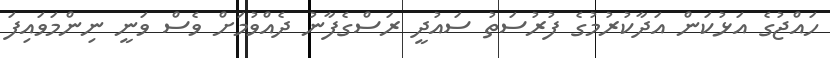
ހައްޖުގެ އަޅުކަން އަދާކުރުމުގެ ފުރުސަތު ސައުދީ ރަސްގެފާނު ދެއްވުމަށް ވެސް ވަނީ ނިންމަވައިފަ